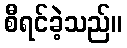
စီရင်ခဲ့သည်။